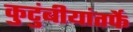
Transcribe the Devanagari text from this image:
कुटुंबीयांतर्फे